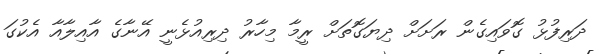
ދަރިފުޅު ގޮވައިގެން ރަށަށް ދިޔަގޮތަށް ރީމާ މިހާރު ދިރިއުޅެނީ އޭނާގެ އާއިލާއާ އެކުގަ